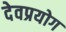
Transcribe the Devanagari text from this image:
देवप्रयोग